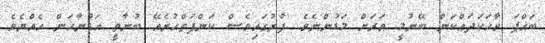
ބައްޕަ ވާހަކަދައްކަން ބޭނުމީ ވަރަށް މަޑުންނެވެ. ފާރުގައިވެސް ކަންފަތްހުރެއޭ ބުނާތީ އަޑުނާހަން ހެއްޔެވެ